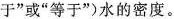
于”或”等于”)水的密度。